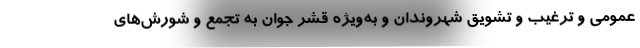
عمومی و ترغیب و تشویق شهروندان و به‌ویژه قشر جوان به تجمع و شورش‌های